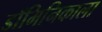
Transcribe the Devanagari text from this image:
डॉमिनिकाला